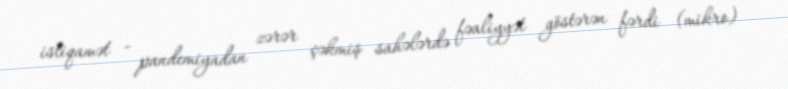
istiqamət - pandemiyadan zərər çəkmiş sahələrdə fəaliyyət göstərən fərdi (mikro)